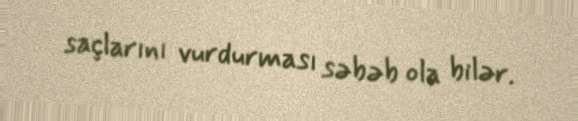
saçlarını vurdurması səbəb ola bilər.